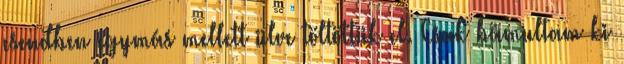
csendben egymás mellett ülve töltöttük el. Csak bámultam ki